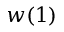
w ( 1 )